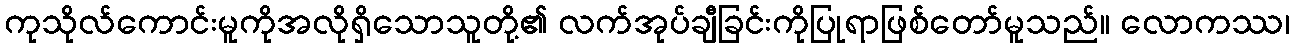
ကုသိုလ်ကောင်းမူကိုအလိုရှိသောသူတို့၏ လက်အုပ်ချီခြင်းကိုပြုရာဖြစ်တော်မူသည်။ လောကဿ၊